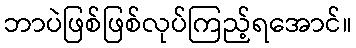
ဘာပဲဖြစ်ဖြစ်လုပ်ကြည့်ရအောင်။